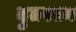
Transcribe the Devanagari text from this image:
दुतरफ़ा